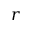
r